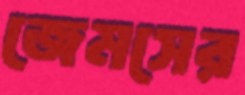
জেমসের